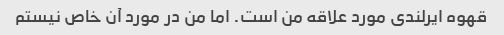
قهوه ایرلندی مورد علاقه من است. اما من در مورد آن خاص نیستم